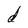
Character: d